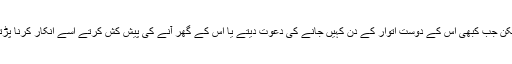
لیکن جب کبھی اس کے دوست اتوار کے دن کہیں جانے کی دعوت دیتے یا اس کے گھر آنے کی پیش کش کرتے اسے انکار کرنا پڑتا۔